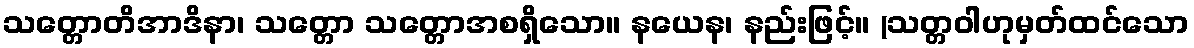
သတ္တောတိအာဒိနာ၊ သတ္တော သတ္တောအစရှိသော။ နယေန၊ နည်းဖြင့်။ (သတ္တဝါဟုမှတ်ထင်သော